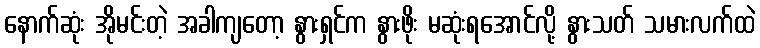
နောက်ဆုံး အိုမင်းတဲ့ အခါကျတော့ နွားရှင်က နွားဖိုး မဆုံးရအောင်လို့ နွားသတ် သမားလက်ထဲ